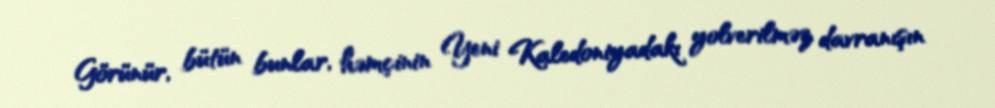
Görünür, bütün bunlar, həmçinin Yeni Kaledoniyadakı yolverilməz davranışın